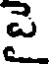
పె